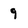
Character: 9